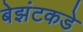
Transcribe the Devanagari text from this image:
बेझंटकडे